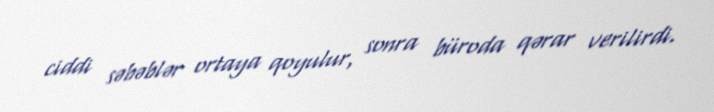
ciddi səbəblər ortaya qoyulur, sonra büroda qərar verilirdi.